Vaccination United Provinces of Agra and Oudh 1902-1913 - 1902-1913
Year: 1902
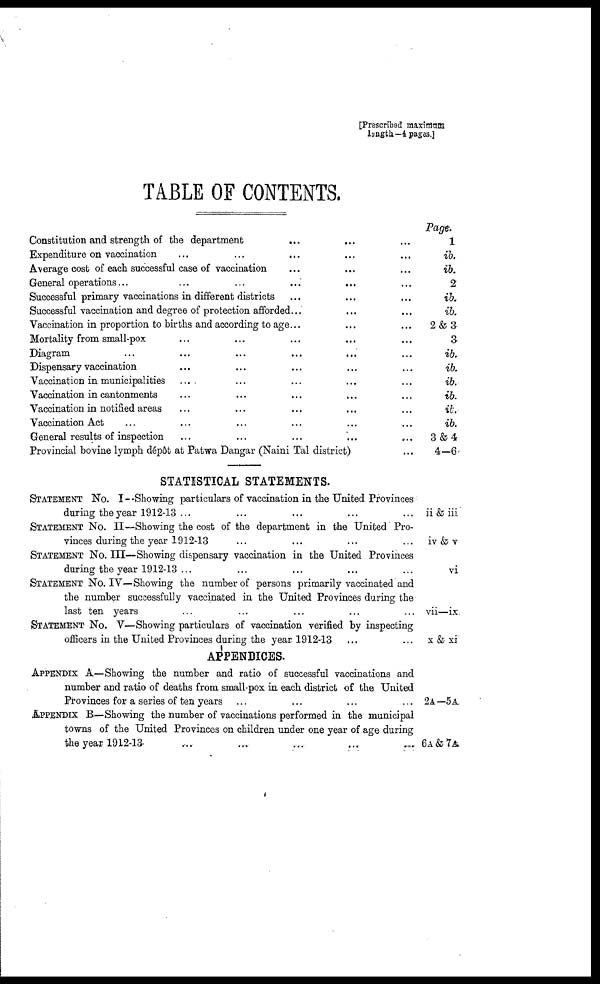
[Prescribed maximum
length—4pagas.]
TABLE OF CONTENTS.
Constitution and strength of the department ... ... ...
Expenditure on vaccination ... ... ... ... ...
Average cost of each successful case of vaccination ... ... ...
General operations... ... ... ... ... ...
Successful primary vaccinations in different districts ... ... ...
Successful vaccination and degree of protection afforded... ... ...
Vaccination in proportion to births and according to age... ... ...
Mortality from small-pox ... ... ... ... ...
Diagram ... ... ... ... ... ...
Dispensary vaccination ... ... ... ... ...
Vaccination in municipalities ... ... ... ... ...
Vaccination in cantonments ... ... ... ... ...
Vaccination in notified areas ... ... ... ... ...
Vaccination Act ... ... ... ... ... ...
General results of inspection ... ... ... ... ...
Provincial bovine lymph dépôt at Patwa Dangar (Naini Tal district) ...
STATISTICAL STATEMENTS.
STATEMENT No. I —Showing particulars of vaccination in the United Provinces
during the year 1912-13 ... ... ... ... ...
STATEMENT No. II—Showing the cost of the department in the United Pro-
vinces during the year 1912-13 ... ... ... ...
STATEMENT No. III—Showing dispensary vaccination in the United Provinces
during the year 1912-13 ... ... ... ... ...
STATEMENT No. IV—Showing the number of persons primarily vaccinated and
the number successfully vaccinated in the United Provinces during the
last ten years ... ... ... ... ...
STATEMENT No. V—Showing particulars of vaccination verified by inspecting
officers in the United Provinces during the year 1912-13 ... ...
APPENDICES.
APPENDIX A—Showing the number and ratio of successful vaccinations and
number and ratio of deaths from small-pox in each district of the United
Provinces for a series of ten years ... ... ... ...
APPENDIX B—Showing the number of vaccinations performed in the municipal
towns of the United Provinces on children under one year of age during
the year 1912-13 ... ... ... ... ...
Page:
1
ib.
ib.
2
ib.
ib.
2&3
3
ib.
ib.
ib.
ib.
ib.
ib.
3&4
4—6
ii & iii
iv & v
vi
vii—ix
x & xi
2A— 5 A.
6A&7A